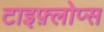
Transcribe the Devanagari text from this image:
टाइफ़्लोप्स